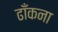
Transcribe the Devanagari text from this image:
ढाँकना